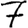
Digit: 7